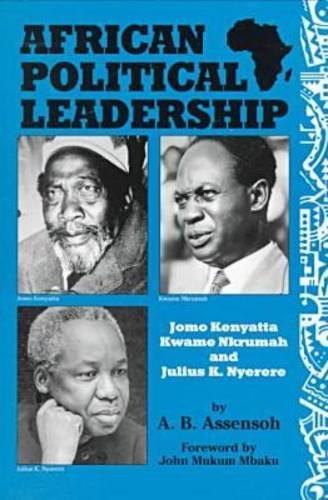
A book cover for African Political Leadership: Jomo Kenyatta, Kwame Nkrumah, and Julius K. Nyerere; A. B. Assensoh; History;